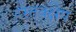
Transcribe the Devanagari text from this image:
हस्तक्क्षेप